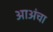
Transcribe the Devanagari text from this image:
आअंचा